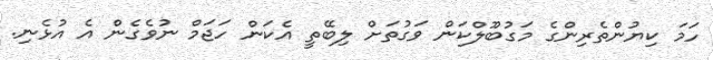
ހަމަ ކިޔުންތެރިންގެ މަގުބޫލްކަން ވަގުތަށް ލިބޭތީ އެކަން ހަޖަމް ނުވެގެން އެ އުޅެނި.